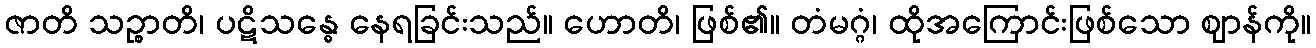
ဇာတိ သဉ္စာတိ၊ ပဋိသန္ဓေ နေရခြင်းသည်။ ဟောတိ၊ ဖြစ်၏။ တံမဂ္ဂံ၊ ထိုအကြောင်းဖြစ်သော ဈာန်ကို။